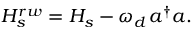
H _ { s } ^ { r w } = H _ { s } - \omega _ { d } \, a ^ { \dagger } a .